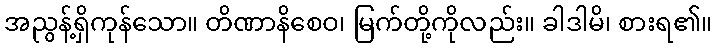
အညွန့်ရှိကုန်သော။ တိဏာနိစေဝ၊ မြက်တို့ကိုလည်း။ ခါဒါမိ၊ စားရ၏။